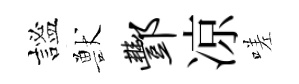
謐獸酆凉嗟